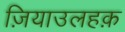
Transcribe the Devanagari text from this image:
ज़ियाउलहक़